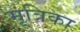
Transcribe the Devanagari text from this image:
मृत्रिका